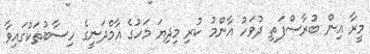
މީރާ އިން ބުރާސްފަތި ދުވަހު އާންމު ކުރި މިދިޔަ މަހުގެ އާމްދަނީގެ ހިސާބުތަކުގައިވާ